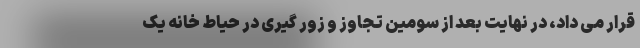
قرار می داد، در نهایت بعد از سومین تجاوز و زور گیری در حیاط خانه یک